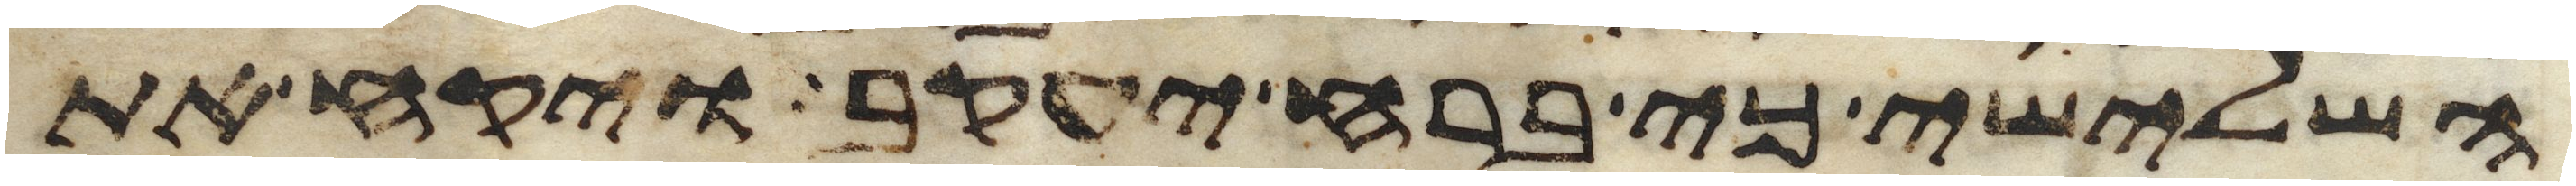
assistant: השלישי כי ברח יעקב ויקח את